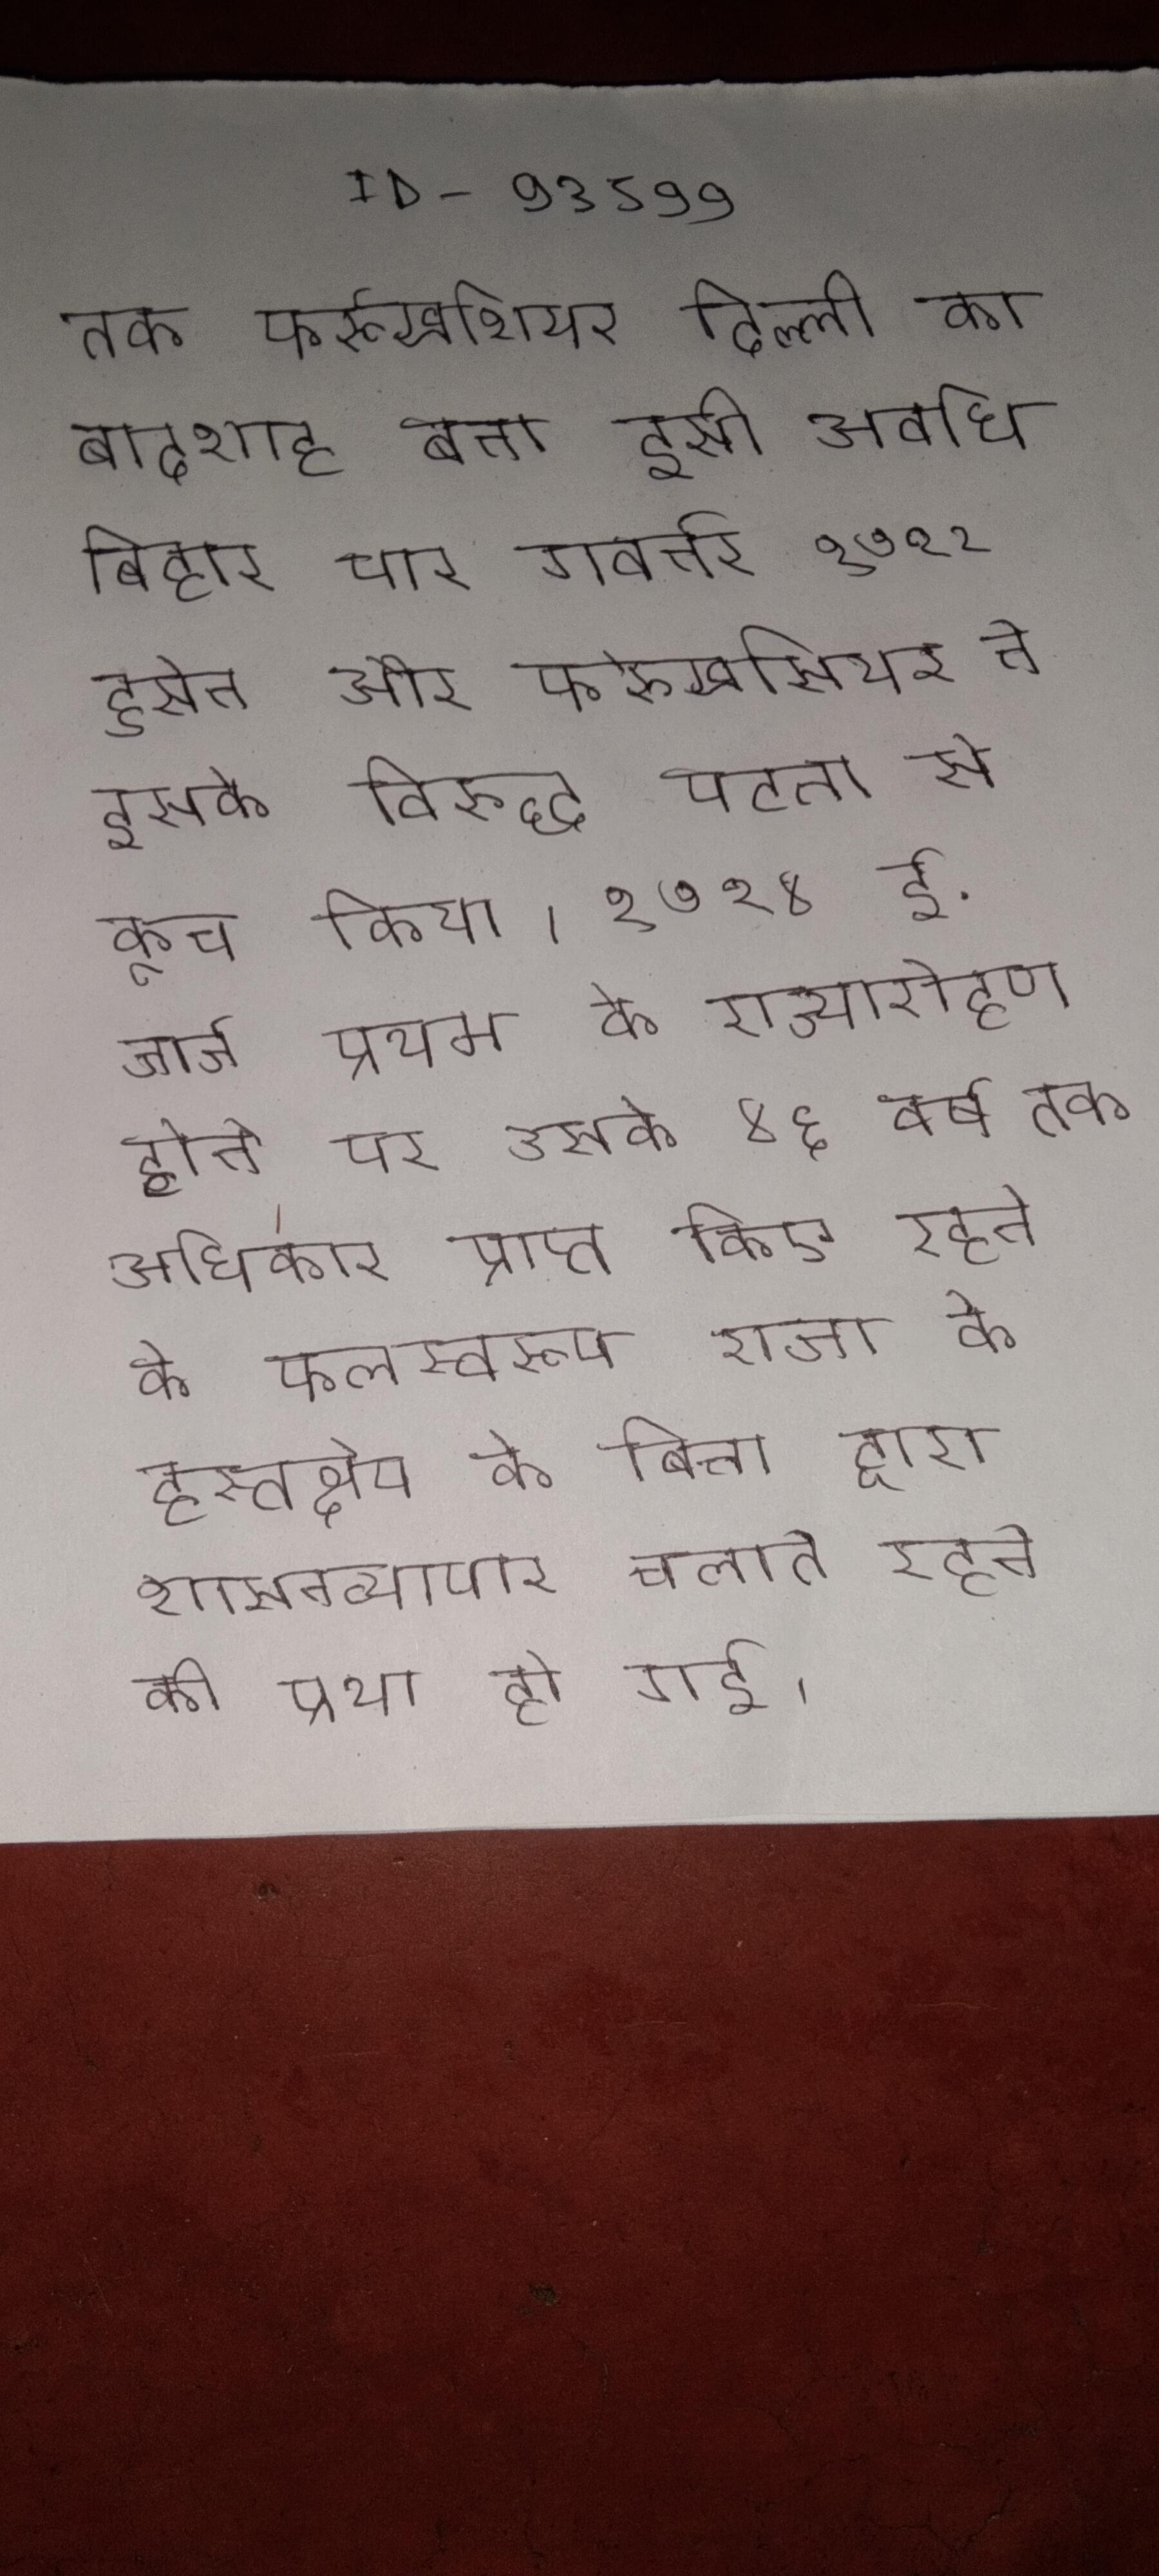
तक फर्रूखशियर दिल्ली का बादशाह बना इसी अवधि बिहार चार गवर्नर १७१२ हुसेन और फर्रुखसियर ने इसके विरुद्ध पटना से कूच किया । १७१४ ई. जार्ज प्रथम के राज्यारोहण होने ओर ह्विग दल के होने पर उसके ४६ वर्ष तक अधिकार प्राप्त किए रहने के फलस्वरूप राजा के हस्तक्षेप के बिना द्वारा शासनव्यापार चलाते रहने की प्रथा हो गई ।